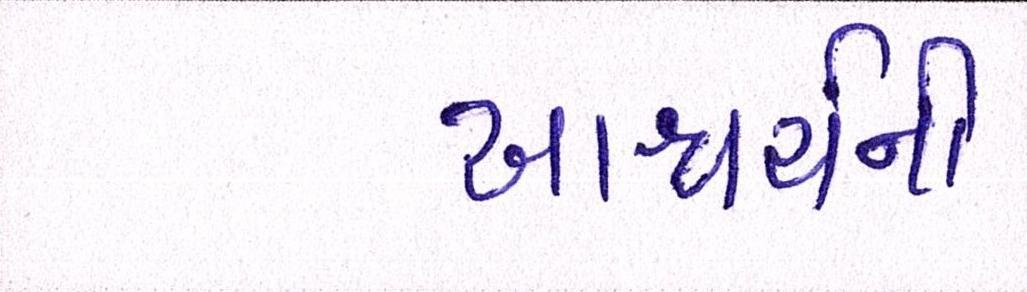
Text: આશ્ચર્ચની